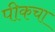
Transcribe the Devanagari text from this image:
पीकचा